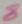
Text: 8